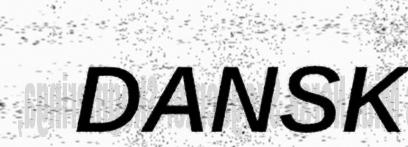
DANSK